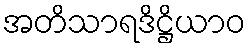
အတိသာရဒိဋ္ဌိယာဝ